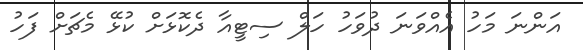
އަންނަ މަހު އެއްވަނަ ދުވަހު ހަލް ސިޓީއާ ދެކޮޅަށް ކުޅޭ މެޗަށް ފަހު